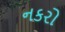
નકરો